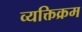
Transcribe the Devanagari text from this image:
व्यक्तिक्रम